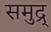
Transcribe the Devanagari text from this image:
समुद्र्